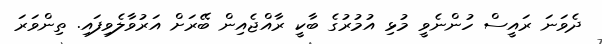
ދެވަނަ ރައީސް ހުންނެވީ މުޅި އުމުރުގެ ބާކީ ރާއްޖެއިން ބޭރަށް އަރުވާލެވިފައި. ތިންވަރަ